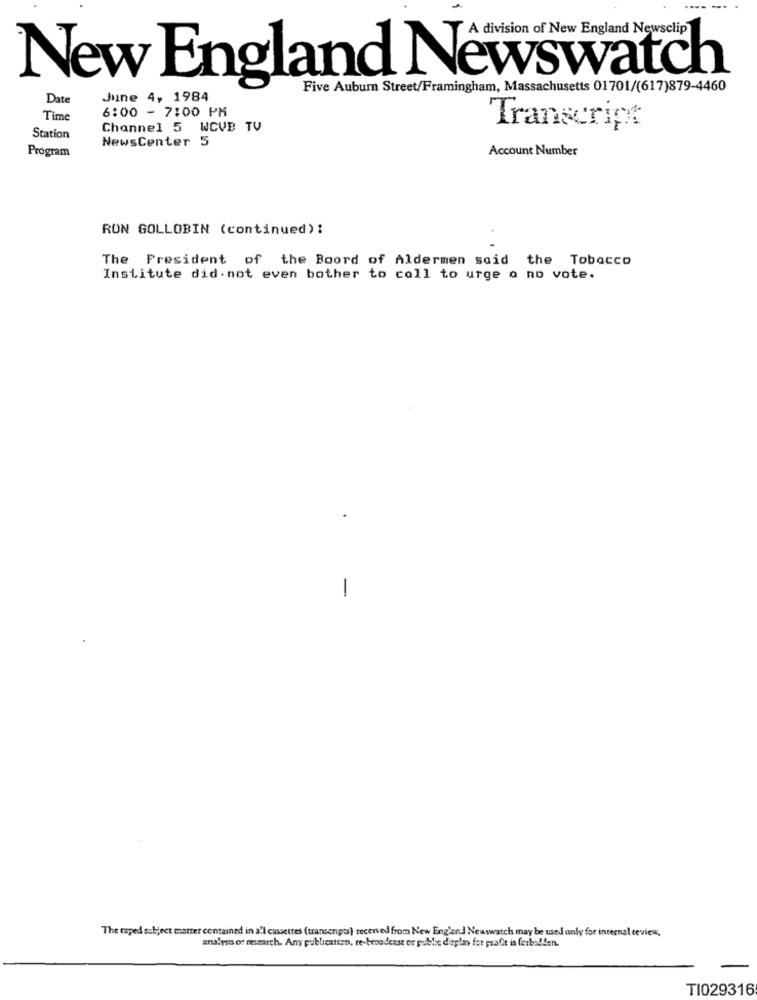
A division of New England Newsclip
New England Newswatch
Five Auburn Street/Framingham, Massachusetts 01701/(617)879-4460
Date
June 4, 1984
6:00 - 7:00 PM
Time
Channel 5
WCVE TU
Transcript
Station
NewsCenter 5
Program
Account Number
RON GOLLOBIN (continued)!
The President of the Boord of Aldermen said the Tobacco
Institute did. not even bother to coll to urge o no vote.
-
The caped subject matter contained in a'l cassettes (transcripts) received from New England Newswatch may be used only for internal ceview,
analysis of research. Any publication, re-broadcast or public display for profit is forbidden.
TI029316